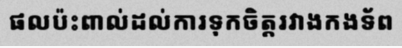
ផលប៉ះពាល់ដល់ការទុកចិត្តរវាងកងទ័ព